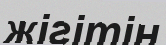
жігітін